Madras plague regulations in force outside the Presidency town - Volume 5
Disease focus: Plague
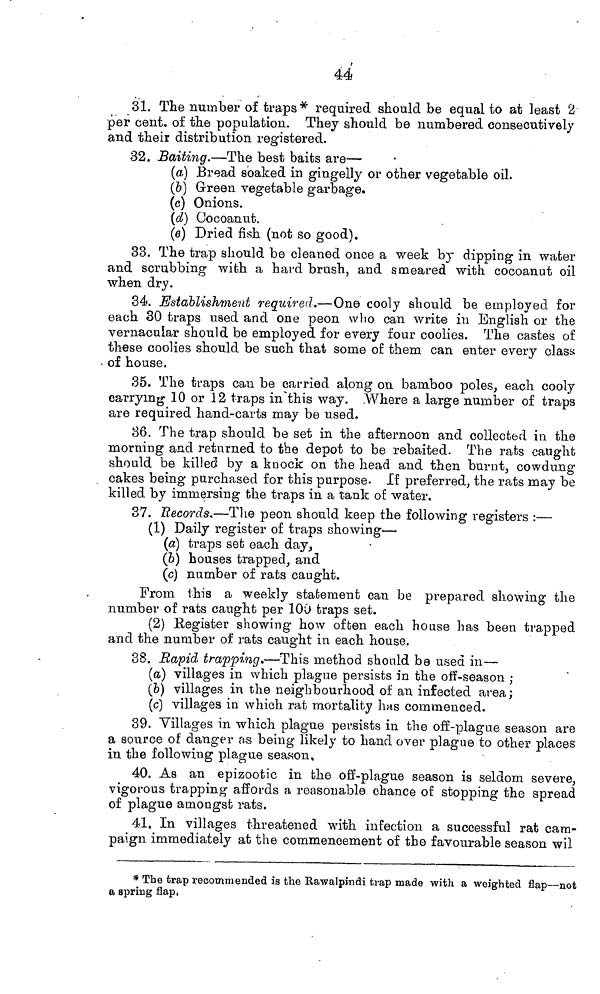
44
31. The number of traps* required should be equal to at least 2
per cent, of the population. They should be numbered consecutively
and their distribution registered.
32. Baiting.—The best baits are—•
(a) Broad soaked in gingelly or other vegetable oil.
(&) Green vegetable garbage.
(c) Onions.
(d) Cocoanut.
(0) Dried fish (not so good).
33. The trap should be cleaned once a week by dipping in water
and scrubbing with a hard brush, and smeared with cocoanut oil
when dry.
34. Establishment required.—One cooly should be employed for
each 30 traps used and one peon wlio can write in English or the
vernacular should be employed for every four coolies. The castes of
these coolies should be such that some of them can enter every class
- of house.
35. The traps can be carried along on bamboo poles, each cooly
carrying 10 or 12 traps iiTthis way. .Where a large number of traps
are required hand-carts may be used.
36. The trap should be set in the afternoon and collected in the
morning and returned to the depot to be rebaited. The rats caught
should be killed by a knock on the head and then burnt, covvdung
cakes being purchased for this purpose. If preferred, the rats may be
killed by immersing the traps in a tank of water.
37. Records.—The peon should keep the following registers :—
(1) Daily register of traps showing'—•
(a) traps set each day,
(&) houses trapped, and
(c) number of rats caught.
From ihis a weekly statement can be prepared showing the
number of rats caught per 100 traps set.
(2) Register showing how often each house has been trapped
and the number oí rats caught in each house.
38. Rapid trapping.—This method should be used in—
(a) villages in which plague persists in the off-season ;
(&) villages in the neighbourhood of an infected area;
(c) villages in which rat mortality has commenced.
39. Villages in which plague persists in the off-plague season are
a source of danger as being likely to hand over plague to other places
in the following plague season,
40. As an epizootic in the off-plague season is seldom severe,
vigorous trapping affords a reasonable chance of stopping the spread
of plague amongst rats.
41. In villages threatened with infection a successful rat cam-
paign immediately at the commencement of the favourable season \vil
* The trap recommended is the Eawalpindi trap made with a weighted flap—not
a spring flap,